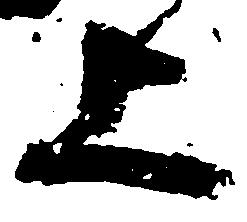
上